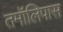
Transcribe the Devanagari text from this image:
तमॉलिपास